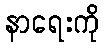
နာရေးကို